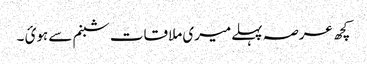
کچھ عرصہ پہلےمیری ملاقات شبنم سے ہوئ ۔